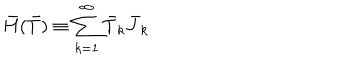
LaTeX: \bar { H } ( \bar { T } ) \equiv \sum _ { k = 1 } ^ { \infty } \bar { T } _ { k } \bar { J } _ { k }